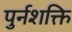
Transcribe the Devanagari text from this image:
पुर्नशक्ति